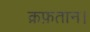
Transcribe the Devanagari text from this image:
क़फ़तान।